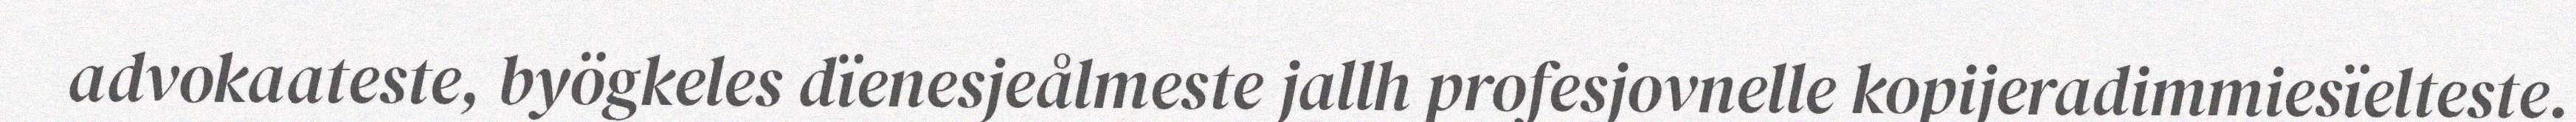
advokaateste, byögkeles dïenesjeålmeste jallh profesjovnelle kopijeradimmiesïelteste.